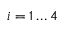
i = 1 \dots 4